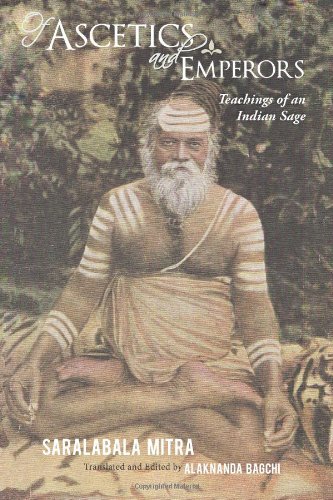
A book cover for Of Ascetics and Emperors: Teachings of an Indian sage; Saralabala Mitra; Religion & Spirituality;